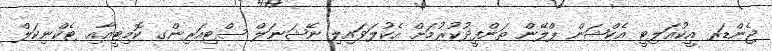
ޖެންޑަރ އީކުއަލިޓީ އެކްޝަން ޕްލޭން ތަންފީޛުކުރުމަށް އެކުލަވައިލި ނޭޝަނަލް ސްޓިއަރިންގ ކޮމިޓީއާއި ޓެކްނިކަލް